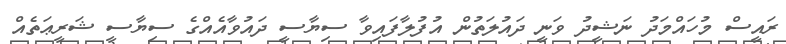
ރައީސް މުހައްމަދު ނަޝީދު ވަނީ ދައުލަތުން އުފުލާފައިވާ ސިޔާސީ ދައުވާއެއްގެ ސިޔާސީ ޝަރީޢަތެއް